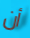
أن